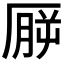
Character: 𪠒